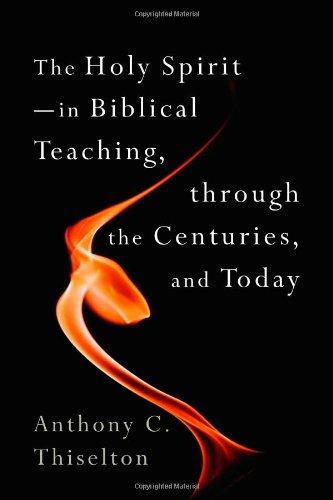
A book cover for The Holy Spirit: In Biblical Teaching, through the Centuries, and Today; Anthony C. Thiselton; Christian Books & Bibles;